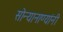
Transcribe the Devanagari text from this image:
सोन्यानाण्यांनी